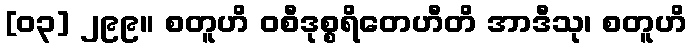
[၀၃] ၂၉၉။ စတူဟိ ဝစီဒုစ္စရိတေဟီတိ အာဒီသု၊ စတူဟိ